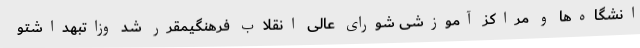
انشگاه‌ها و مراکز آموزشی شورای عالی انقلاب فرهنگیمقرر شد وزاتبهداشتو